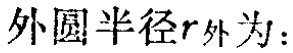
外圆半径\(r_{外}\)为：